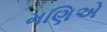
મણિએ